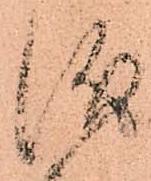
儀